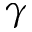
\gamma